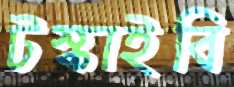
টস্‌কাইবি